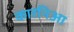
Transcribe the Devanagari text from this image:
कारनिआ